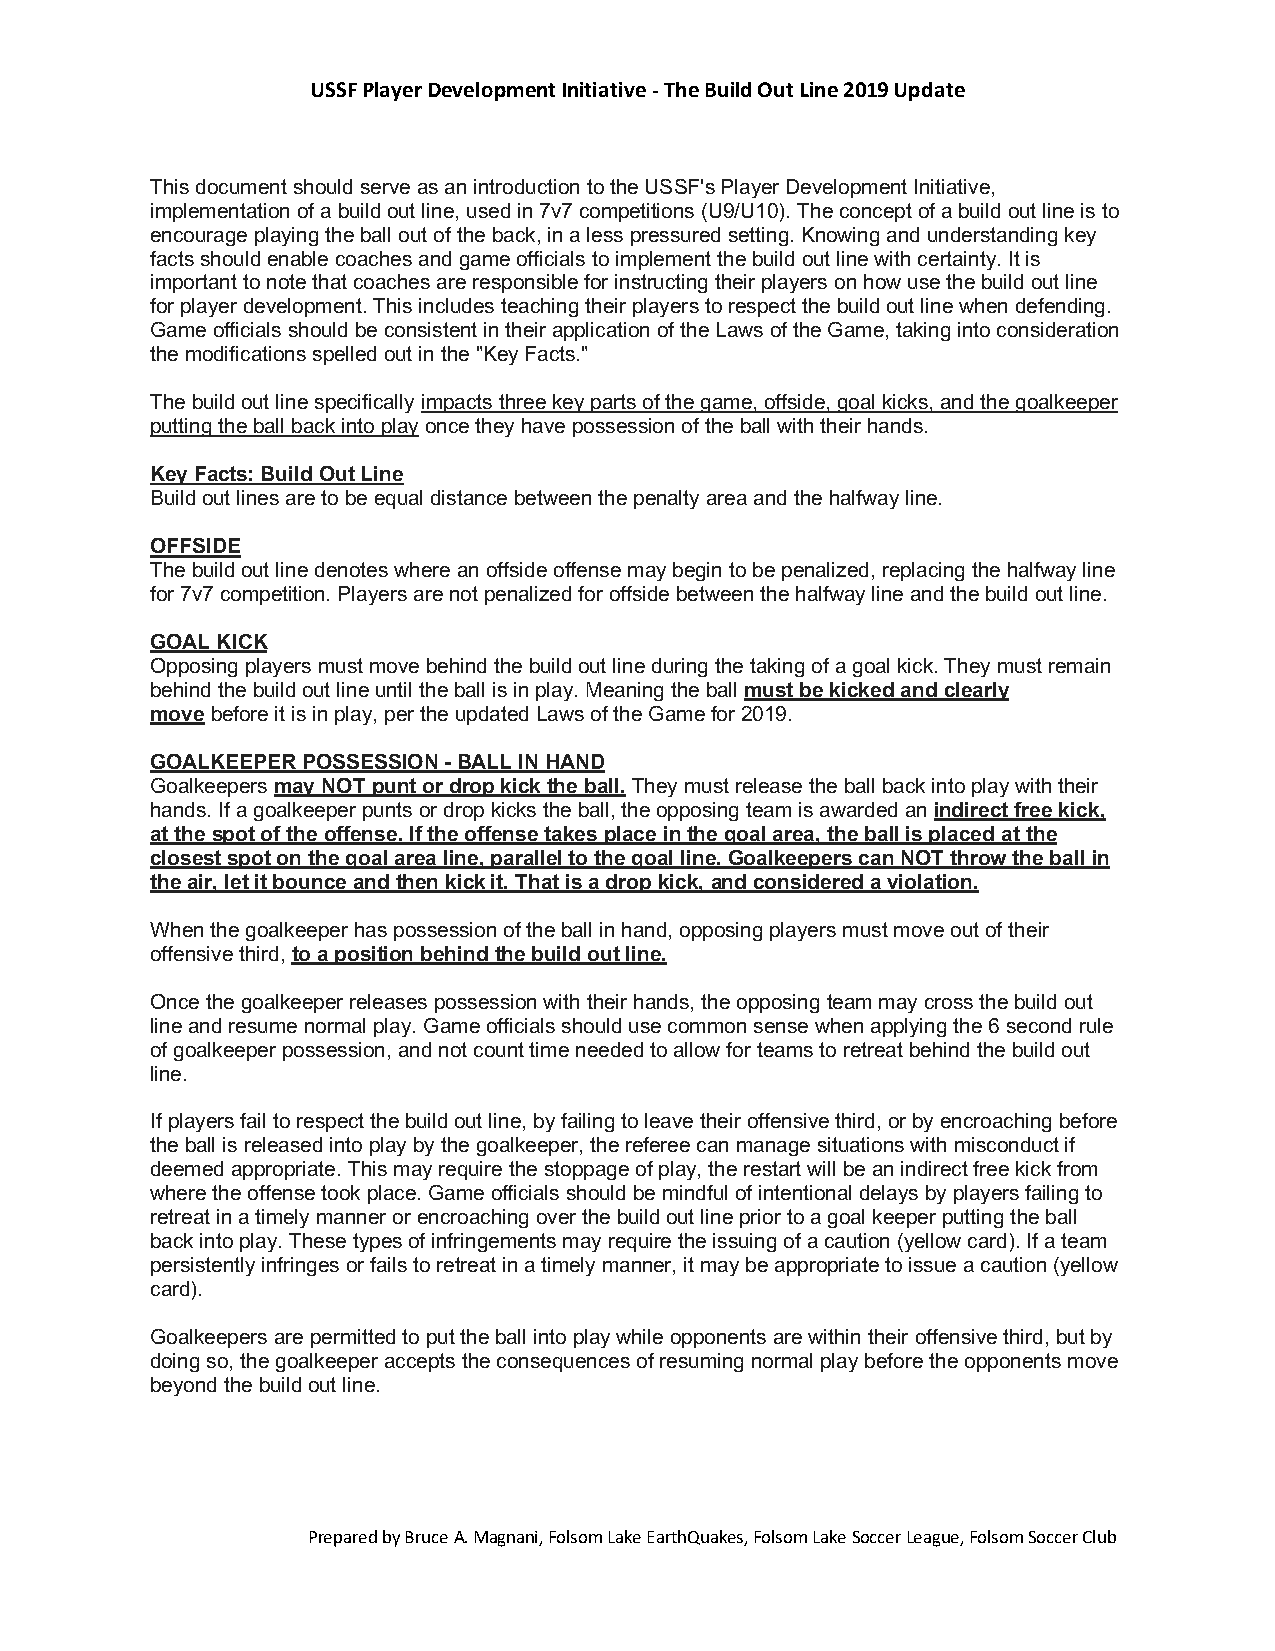
USSF Player Development Initiative - The Build Out Line 2019 Update
 This document should serve as an introduction to the USSF's Player Development Initiative,
 implementation of a build out line, used in 7v7 competitions (U9/U10). The concept of a build out line is to
 encourage playing the ball out of the back, in a less pressured setting. Knowing and understanding key
 facts should enable coaches and game officials to implement the build out line with certainty. It is
 important to note that coaches are responsible for instructing their players on how use the build out line
 for player development. This includes teaching their players to respect the build out line when defending.
 Game officials should be consistent in their application of the Laws of the Game, taking into consideration
 the modifications spelled out in the "Key Facts."
 The build out line specifically impacts three key parts of the game, offside, goal kicks, and the goalkeeper
 putting the ball back into play once they have possession of the ball with their hands.
 Key Facts: Build Out Line
 Build out lines are to be equal distance between the penalty area and the halfway line.
 OFFSIDE
 The build out line denotes where an offside offense may begin to be penalized, replacing the halfway line
 for 7v7 competition. Players are not penalized for offside between the halfway line and the build out line.
 GOAL KICK
 Opposing players must move behind the build out line during the taking of a goal kick. They must remain
 behind the build out line until the ball is in play. Meaning the ball must be kicked and clearly
 move before it is in play, per the updated Laws of the Game for 2019.
 GOALKEEPER POSSESSION - BALL IN HAND
 Goalkeepers may NOT punt or drop kick the ball. They must release the ball back into play with their
 hands. If a goalkeeper punts or drop kicks the ball, the opposing team is awarded an indirect free kick,
 at the spot of the offense. If the offense takes place in the goal area, the ball is placed at the
 closest spot on the goal area line, parallel to the goal line. Goalkeepers can NOT throw the ball in
 the air, let it bounce and then kick it. That is a drop kick, and considered a violation.
 When the goalkeeper has possession of the ball in hand, opposing players must move out of their
 offensive third, to a position behind the build out line.
 Once the goalkeeper releases possession with their hands, the opposing team may cross the build out
 line and resume normal play. Game officials should use common sense when applying the 6 second rule
 of goalkeeper possession, and not count time needed to allow for teams to retreat behind the build out
 line.
 If players fail to respect the build out line, by failing to leave their offensive third, or by encroaching before
 the ball is released into play by the goalkeeper, the referee can manage situations with misconduct if
 deemed appropriate. This may require the stoppage of play, the restart will be an indirect free kick from
 where the offense took place. Game officials should be mindful of intentional delays by players failing to
 retreat in a timely manner or encroaching over the build out line prior to a goal keeper putting the ball
 back into play. These types of infringements may require the issuing of a caution (yellow card). If a team
 persistently infringes or fails to retreat in a timely manner, it may be appropriate to issue a caution (yellow
 card).
 Goalkeepers are permitted to put the ball into play while opponents are within their offensive third, but by
 doing so, the goalkeeper accepts the consequences of resuming normal play before the opponents move
 beyond the build out line.
 Prepared by Bruce A. Magnani, Folsom Lake EarthQuakes, Folsom Lake Soccer League, Folsom Soccer Club